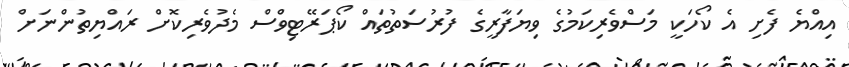
އިއްޔެ ފެށި އެ ކޯހަކީ މަސްވެރިކަމުގެ ވިޔަފާރީގެ ފުރުސަތުތައް ކޯޕަރޭޓިވްސް މެދުވެރިކޮށް ރައްޔިތުންނަށް